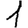
Digit: 1